Madras plague regulations and rules - Volume 2
Disease focus: Plague
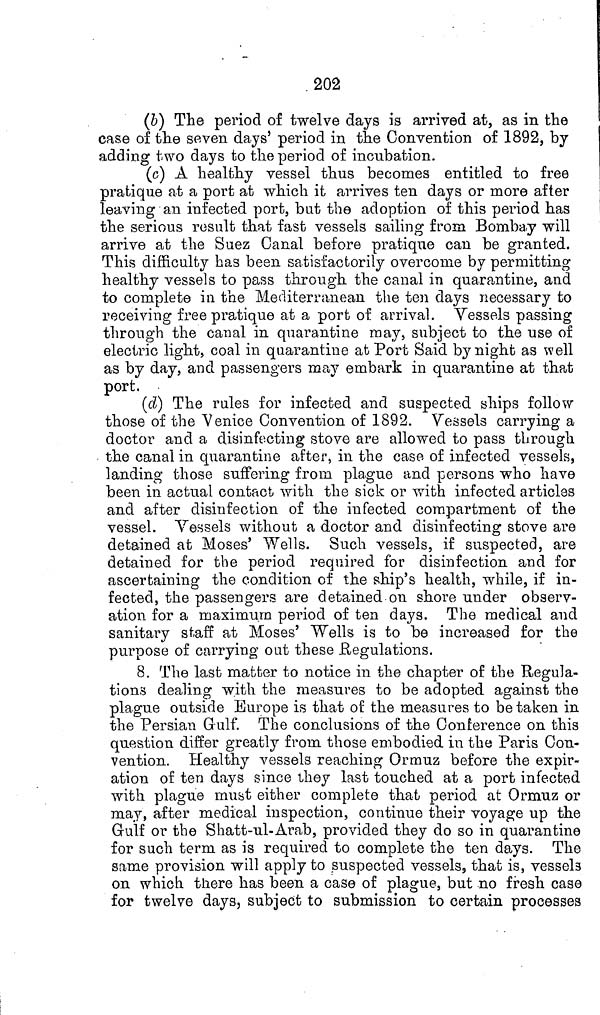
202
(b) The period of twelve days is arrived at, as in the
case of the seven days' period in the Convention of 1892, by
adding two days to the period of incubation.
(c) A healthy vessel thus becomes entitled to free
pratique at a port at which it arrives ten days or more after
leaving an infected port, but the adoption of this period has
the serious result that fast vessels sailing from Bombay will
arrive at the Suez Canal before pratique can be granted.
This difficulty has been satisfactorily overcome by permitting
healthy vessels to pass through the canal in quarantine, and
to complete in the Mediterranean the ten days necessary to
receiving free pratique at a port of arrival. Vessels passing
through the canal in quarantine may, subject to the use of
electric light, coal in quarantine at Port Said by night as well
as by day, and passengers may embark in quarantine at that
port.
(d) The rules for infected and suspected ships follow
those of the Venice Convention of 1892. Vessels carrying a
doctor and a disinfecting stove are allowed to pass through
the canal in quarantine after, in the case of infected vessels,
landing those suffering from plague and persons who have
been in actual contact with the sick or with infected articles
and after disinfection of the infected compartment of the
vessel. Vessels without a doctor and disinfecting stove are
detained at Moses' Wells. Such vessels, if suspected, are
detained for the period required for disinfection and for
ascertaining the condition of the ship's health, while, if in-
fected, the passengers are detained on shore under observ-
ation for a maximum period of ten days. The medical and
sanitary staff at Moses' Wells is to be increased for the
purpose of carrying out these Regulations.
8. The last matter to notice in the chapter of the Regula-
tions dealing with the measures to be adopted against the
plague outside Europe is that of the measures to be taken in
the Persian Gulf. The conclusions of the Conference on this
question differ greatly from those embodied in the Paris Con-
vention. Healthy vessels reaching Ormuz before the expir-
ation of ten days since they last touched at a port infected
with plague must either complete that period at Ormuz or
may, after medical inspection, continue their voyage up the
Gulf or the Shatt-ul-Arab, provided they do so in quarantine
for such term as is required to complete the ten days. The
same provision will apply to suspected vessels, that is, vessels
on which there has been a case of plague, but no fresh case
for twelve days, subject to submission to certain processes